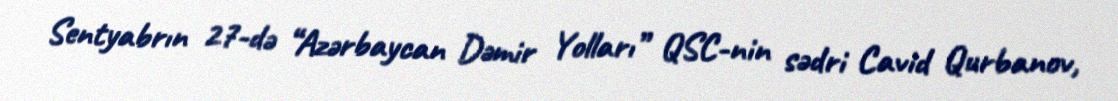
Sentyabrın 27-də “Azərbaycan Dəmir Yolları” QSC-nin sədri Cavid Qurbanov,